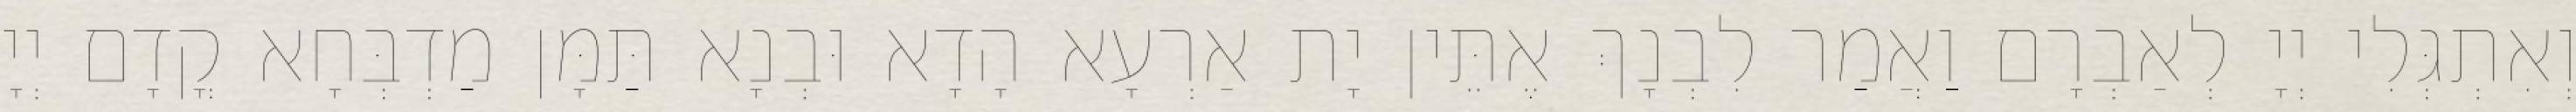
וְאִתְגְּלִי יְיָ לְאַבְרָם וַאֲמַר לִבְנָךְ אֶתֵּין יָת אַרְעָא הָדָא וּבְנָא תַּמָּן מַדְבְּחָא קֳדָם יְיָ